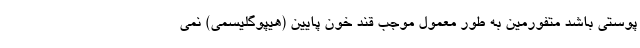
پوستی باشد متفورمین به طور معمول موجب قند خون پایین (هیپوگلیسمی) نمی